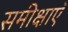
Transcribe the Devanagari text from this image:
समीक्षाऍ